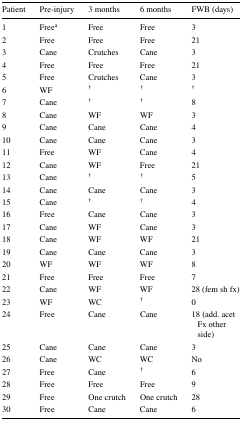
| Patient | Pre-injury | 3 months | 6 months | FWB (days) |
 | --- | --- | --- | --- | --- |
 | 1 | Freea | Free | Free | 3 |
 | 2 | Free | Free | Free | 21 |
 | 3 | Cane | Crutches | Cane | 3 |
 | 4 | Free | Free | Free | 21 |
 | 5 | Free | Crutches | Cane | 3 |
 | 6 | WF | † | † | † |
 | 7 | Cane | † | † | 8 |
 | 8 | Cane | WF | WF | 3 |
 | 9 | Cane | Cane | Cane | 4 |
 | 10 | Cane | Cane | Cane | 3 |
 | 11 | Free | WF | Cane | 4 |
 | 12 | Cane | WF | Free | 21 |
 | 13 | Cane | † | † | 5 |
 | 14 | Cane | Cane | Cane | 3 |
 | 15 | Cane | † | † | 4 |
 | 16 | Free | Cane | Cane | 3 |
 | 17 | Cane | WF | Cane | 3 |
 | 18 | Cane | WF | WF | 21 |
 | 19 | Cane | Cane | Cane | 3 |
 | 20 | WF | WF | WF | 8 |
 | 21 | Free | Free | Free | 7 |
 | 22 | Cane | WF | WF | 28 (fem sh fx) |
 | 23 | WF | WC | † | 0 |
 | 24 | Free | Cane | Cane | 18 (add. acet Fx other side) |
 | 25 | Cane | Cane | Cane | 3 |
 | 26 | Cane | WC | WC | No |
 | 27 | Free | Cane | † | 6 |
 | 28 | Free | Free | Free | 9 |
 | 29 | Free | One crutch | One crutch | 28 |
 | 30 | Free | Cane | Cane | 6 |